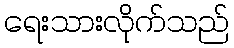
ရေးသားလိုက်သည်